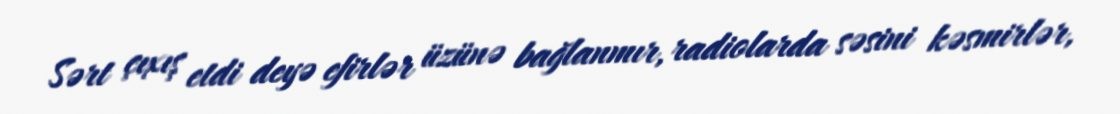
Sərt çıxış etdi deyə efirlər üzünə bağlanmır, radiolarda səsini kəsmirlər,